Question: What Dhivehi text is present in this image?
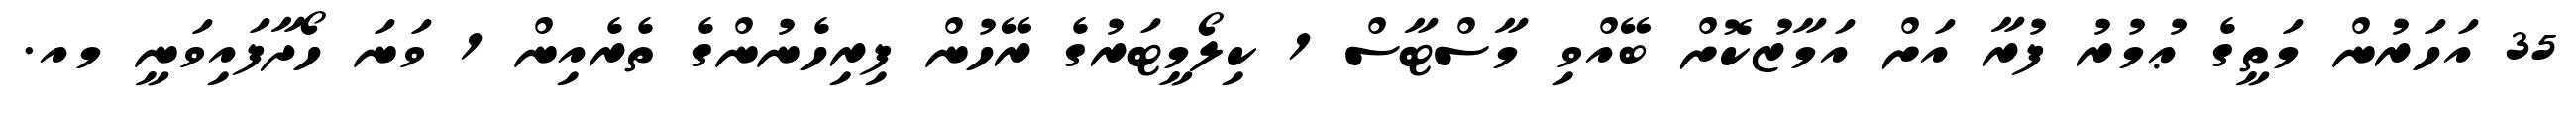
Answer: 35 އަހަރުން މަތީގެ ޢުމުރު ފުރާ އަށް އަމާޒުކޮށް ބޭއްވި މާސްޓާސް 1 ކިލޯމީޓަރުގެ ރޭހުން ފިރިހެނުންގެ ތެރެއިން 1 ވަނަ ހޯދާފައިވަނީ މއ.